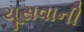
ચૂસવાની